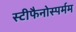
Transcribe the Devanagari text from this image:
स्टीफैनोस्पर्मम